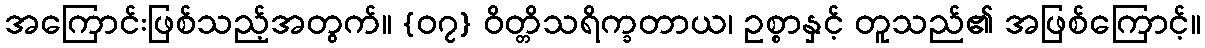
အကြောင်းဖြစ်သည့်အတွက်။ {၀၇} ဝိတ္တိသရိက္ခတာယ၊ ဥစ္စာနှင့် တူသည်၏ အဖြစ်ကြောင့်။